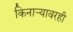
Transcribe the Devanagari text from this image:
किनाऱ्यावरही